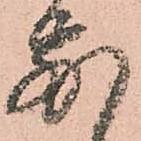
別